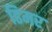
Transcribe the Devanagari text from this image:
ढिमर